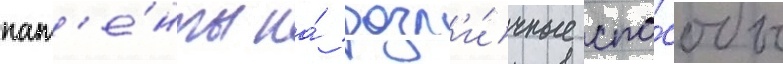
пат'е́нты на́ разл'и́чные спо́собы